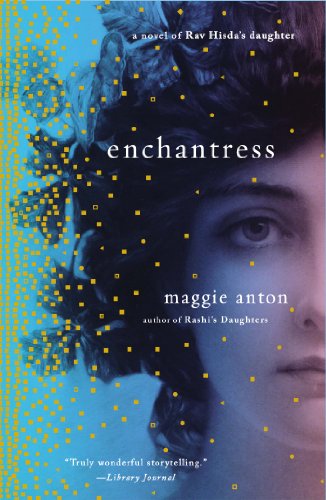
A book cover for Enchantress: A Novel of Rav Hisda's Daughter; Maggie Anton; Literature & Fiction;